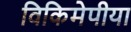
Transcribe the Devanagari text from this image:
विकिमेपीया